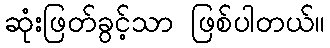
ဆုံးဖြတ်ခွင့်သာ ဖြစ်ပါတယ်။